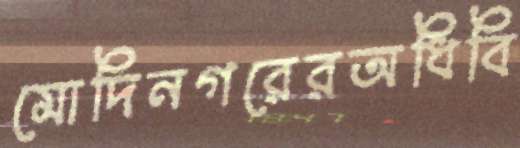
মোদিনগরেরঅধিবি